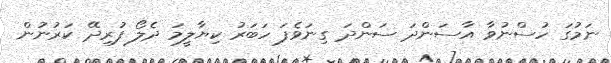
ނަމުގަ ހުސްނުވާ އާސަންދަ ސަންދަ ގިނަވެފަ ހަބަރު ކިޔާލީމަ ދެލޯ ފުރިދޭ ކަރުނުން